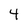
Character: 4